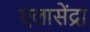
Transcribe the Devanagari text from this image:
एलासेंद्रा